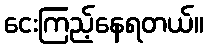
ငေးကြည့်နေရတယ်။